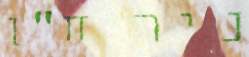
ניר ח"ן